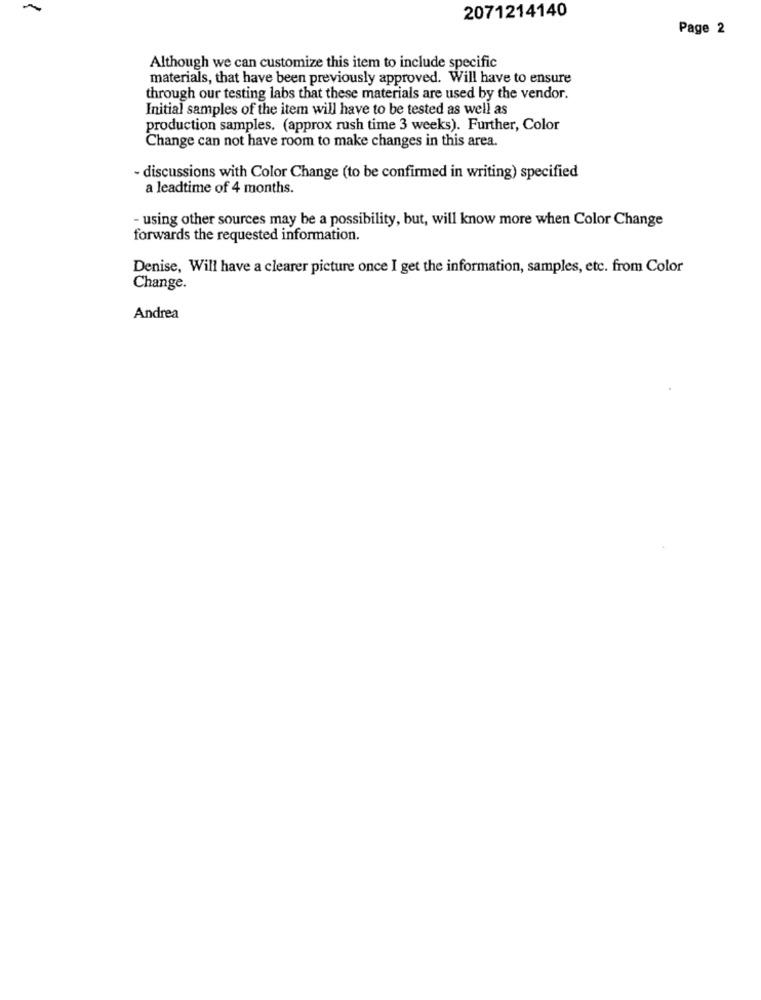
2071214140
Page 2
Although we can customize this item to include specific
materials, that have been previously approved. Will have to ensure
through our testing labs that these materials are used by the vendor.
Initial samples of the item will have to be tested as well as
production samples, (approx rush time 3 weeks). Further, Color
Change can not have room to make changes in this area.
- discussions with Color Change (to be confirmed in writing) specified
a leadtime of 4 months.
- using other sources may be a possibility, but, will know more when Color Change
forwards the requested information.
Denise, Will have a clearer picture once I get the information, samples, etc. from Color
Change.
Andrea